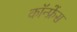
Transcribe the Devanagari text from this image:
कॉन्‍फ्रेंस